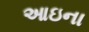
આઇના